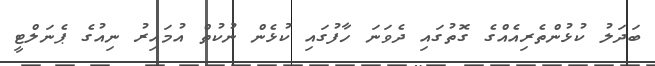
ބަދަލު ކުޅުންތެރިއެއްގެ ގޮތުގައި ދެވަނަ ހާފުގައި ކުޅެން ނުކުތް އުމައިރު ނިއުގެ ޕެނަލްޓީ